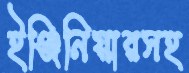
ইঞ্জিনিয়ারসহ